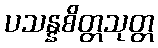
ပသန္နစိတ္တသုတ္တ